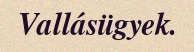
Vallásügyek.